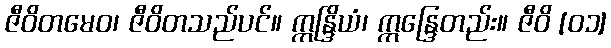
ဇီဝိတမေဝ၊ ဇီဝိတသည်ပင်။ ဣန္ဒြိယံ၊ ဣန္ဒြေတည်း။ ဇီဝိ [၀၁]